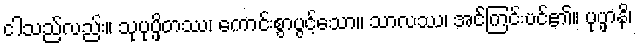
ငါသည်လည်း။ သုပုပ္ဖိတဿ၊ ကောင်းစွာပွင့်သော။ သာလဿ၊ အင်ကြင်းပင်၏။ ပုပ္ဖာနိ၊